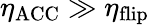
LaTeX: \eta_{\mathrm{ACC}}\gg\eta_{\mathrm{flip}}